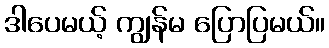
ဒါပေမယ့် ကျွန်မ ပြောပြမယ်။